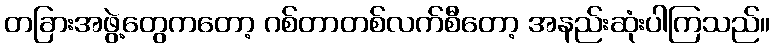
တခြားအဖွဲ့တွေကတော့ ဂစ်တာတစ်လက်စီတော့ အနည်းဆုံးပါကြသည်။